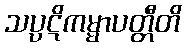
သပ္ပဋိကမ္မာပတ္တီတိ